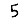
Digit: 5